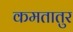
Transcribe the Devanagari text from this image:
कमतातुर